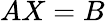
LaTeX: AX=B